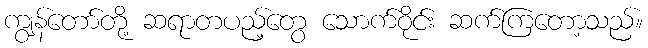
ကျွန်တော်တို့ ဆရာတပည့်တွေ သောက်ဝိုင်း ဆက်ကြတော့သည်။